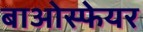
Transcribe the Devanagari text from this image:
बाओस्फेयर